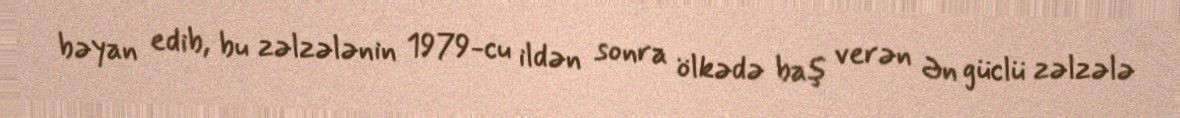
bəyan edib, bu zəlzələnin 1979-cu ildən sonra ölkədə baş verən Ən güclü zəlzələ